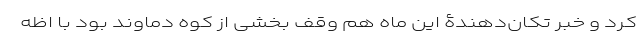
کرد و خبر تکان‌دهندۀ این ماه هم وقف بخشی از کوه دماوند بود با اظه